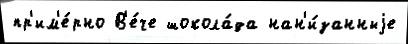
пр'им'е́рно В'е́че шокола́да нан'и́занныjе